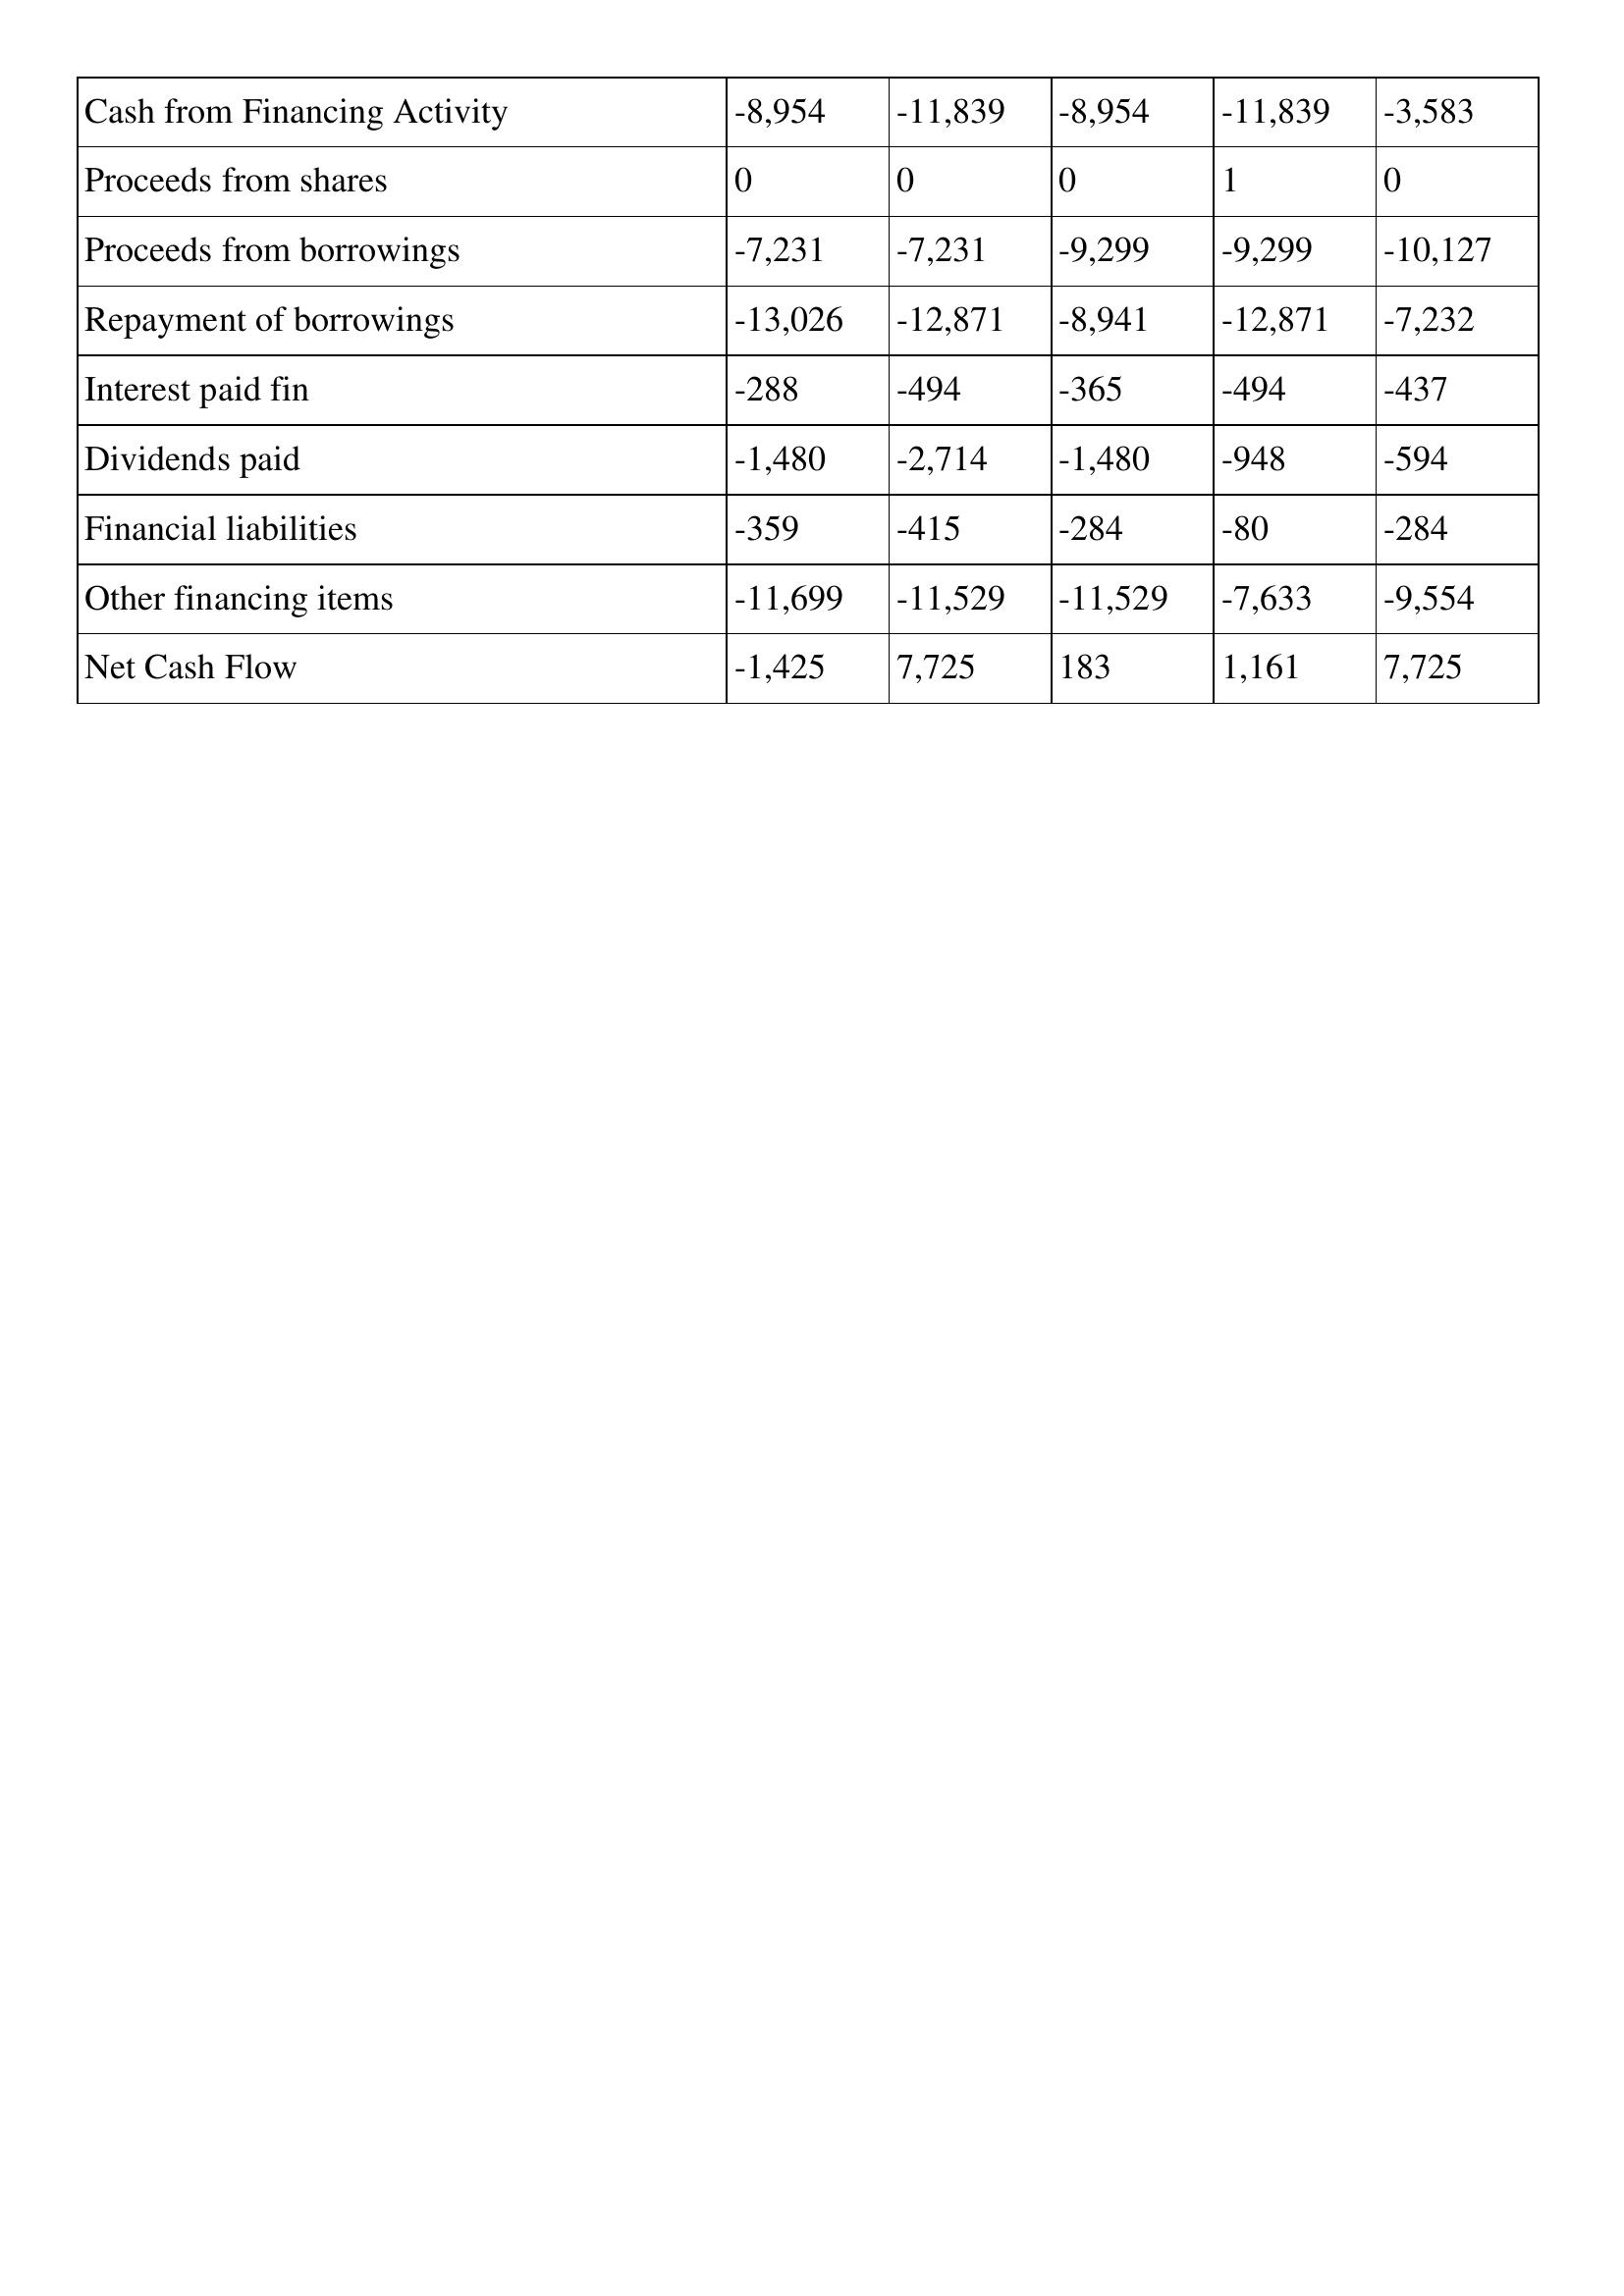
gt_parse: Mar-96: Cash Flows: Cash from Financing Activity: -8,954
Proceeds from shares: 0
Proceeds from borrowings: -7,231
Repayment of borrowings: -13,026
Interest paid fin: -288
Dividends paid: -1,480
Financial liabilities: -359
Other financing items: -11,699
Net Cash Flow: -1,425
Mar-95: Cash Flows: Cash from Financing Activity: -11,839
Proceeds from shares: 0
Proceeds from borrowings: -7,231
Repayment of borrowings: -12,871
Interest paid fin: -494
Dividends paid: -2,714
Financial liabilities: -415
Other financing items: -11,529
Net Cash Flow: 7,725
Mar-94: Cash Flows: Cash from Financing Activity: -8,954
Proceeds from shares: 0
Proceeds from borrowings: -9,299
Repayment of borrowings: -8,941
Interest paid fin: -365
Dividends paid: -1,480
Financial liabilities: -284
Other financing items: -11,529
Net Cash Flow: 183
Mar-93: Cash Flows: Cash from Financing Activity: -11,839
Proceeds from shares: 1
Proceeds from borrowings: -9,299
Repayment of borrowings: -12,871
Interest paid fin: -494
Dividends paid: -948
Financial liabilities: -80
Other financing items: -7,633
Net Cash Flow: 1,161
Mar-92: Cash Flows: Cash from Financing Activity: -3,583
Proceeds from shares: 0
Proceeds from borrowings: -10,127
Repayment of borrowings: -7,232
Interest paid fin: -437
Dividends paid: -594
Financial liabilities: -284
Other financing items: -9,554
Net Cash Flow: 7,725